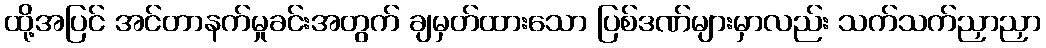
ထို့အပြင် အင်တာနက်မှုခင်းအတွက် ချမှတ်ထားသော ပြစ်ဒဏ်များမှာလည်း သက်သက်ညှာညှာ